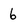
Character: 6